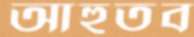
আহুতব